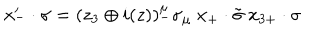
x _ { - } ^ { \prime } \cdot \sigma = ( z _ { 3 } \oplus i ( z ) ) _ { - } ^ { \mu } \sigma _ { \mu } \ x _ { + } \cdot \tilde { \sigma } \ x _ { 3 + } \cdot \sigma